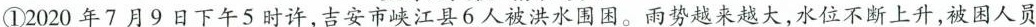
①2020年7月9日下午5时许，吉安市峡江县6人被洪水围困。雨势越来越大，水位不断上升，被困人员